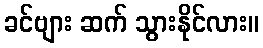
ခင်ဗျား ဆက် သွားနိုင်လား။